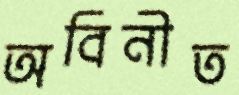
অবিনীত